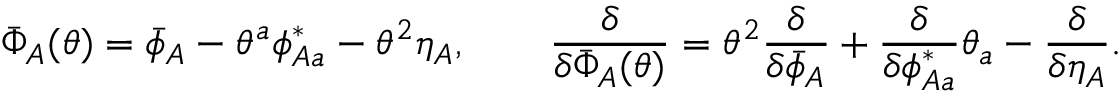
\bar { \Phi } _ { A } ( \theta ) = \bar { \phi } _ { A } - \theta ^ { a } \phi _ { A a } ^ { * } - \theta ^ { 2 } \eta _ { A } , \qquad \frac { \delta } { \delta \bar { \Phi } _ { A } ( \theta ) } = \theta ^ { 2 } \frac { \delta } { \delta \bar { \phi } _ { A } } + \frac { \delta } { \delta \phi _ { A a } ^ { * } } \theta _ { a } - \frac { \delta } { \delta \eta _ { A } } .